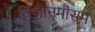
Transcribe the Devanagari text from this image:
विज्ञानमौसम